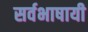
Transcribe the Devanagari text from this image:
सर्वभाषायी